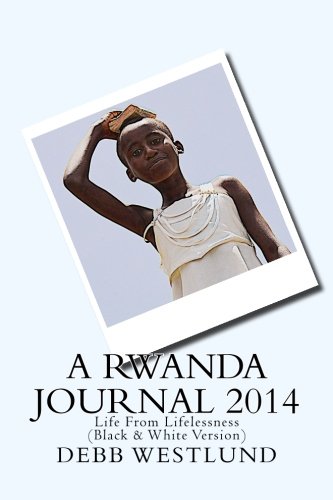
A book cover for A Rwanda Journal 2014: Life From Lifelessness (Black & White Version); Debb Westlund; Travel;